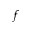
f